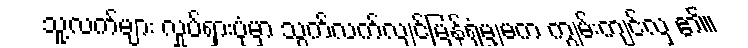
သူ့လက်များ လှုပ်ရှားပုံမှာ သွက်လက်လျင်မြန်ရုံမျှမက ကျွမ်းကျင်လှ ၏။